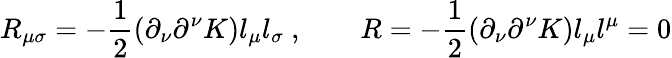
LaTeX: R_{\mu\sigma}=-{\frac{1}{2}}(\partial_{\nu}\partial^{\nu}K)l_{\mu}l_{\sigma}\ ,\qquad R=-{\frac{1}{2}}(\partial_{\nu}\partial^{\nu}K)l_{\mu}l^{\mu}=0